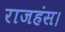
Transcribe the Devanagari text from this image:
राजहंस।